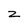
Character: Z